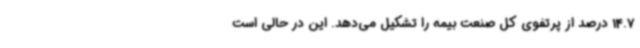
14.7 درصد از پرتفوی کل صنعت بیمه را تشکیل می‌دهد. این در حالی است